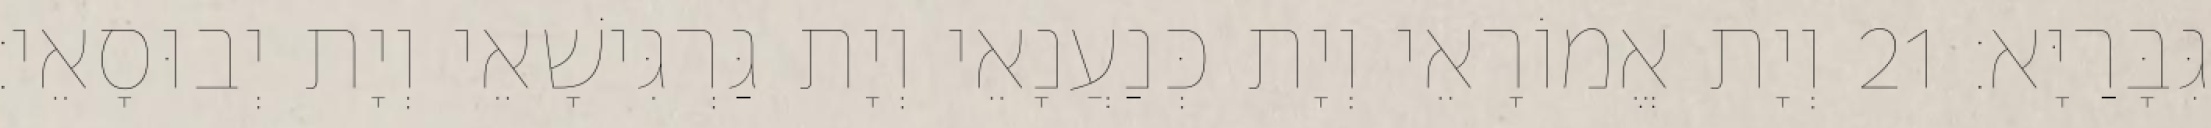
גִּבָּרַיָּא׃ 21 וְיָת אֱמוֹרָאֵי וְיָת כְּנַעֲנָאֵי וְיָת גַּרְגִּישָׁאֵי וְיָת יְבוּסָאֵי׃